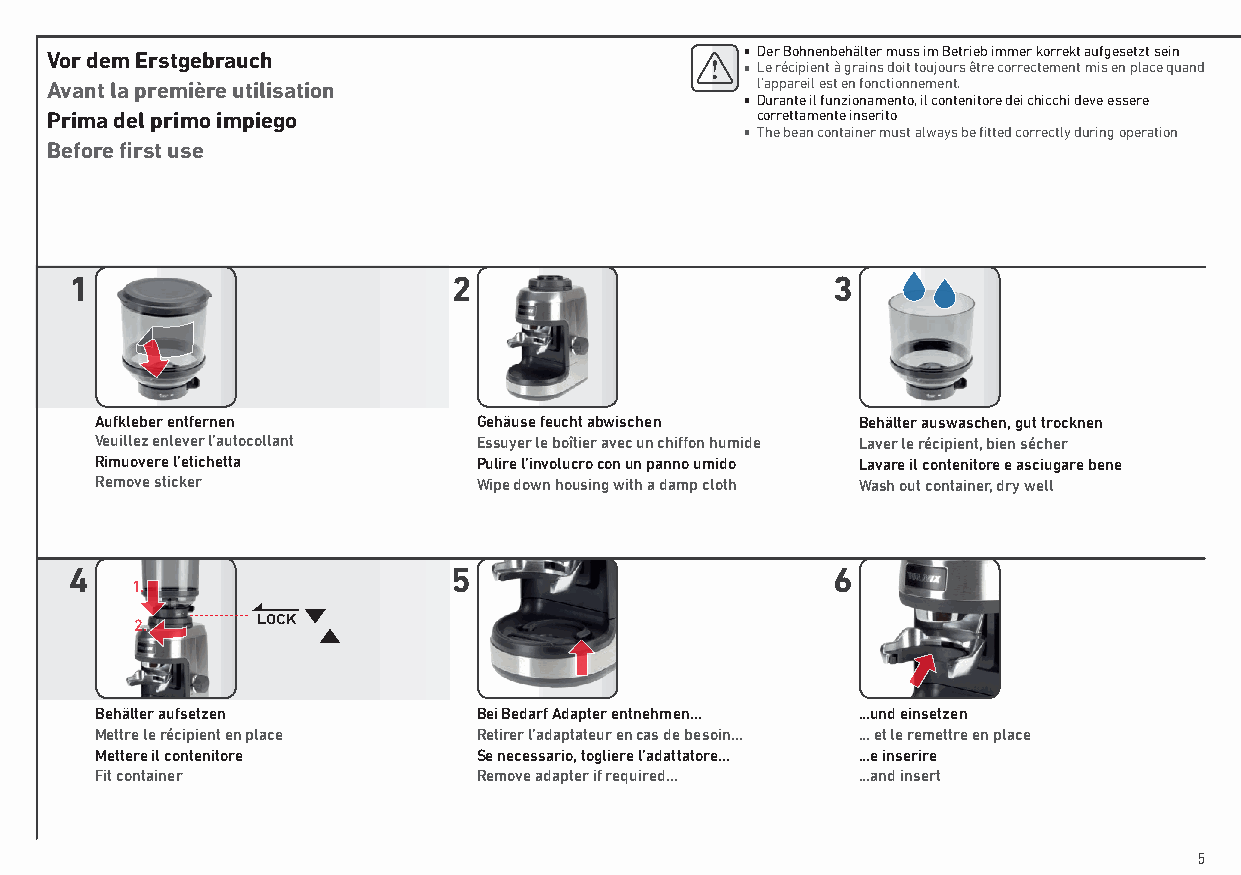
Vor dem Erstgebrauch                          ■ Der Bohnenbehälter muss im Betrieb immer korrekt aufgesetzt sein
 ■ Le récipient à grains doit toujours être correctement mis en place quand
 Avant la première utilisation                  l’appareil est en fonctionnement�
 ■ Durante il funzionamento, il contenitore dei chicchi deve essere
 Prima del primo impiego                        correttamente inserito
 ■ The bean container must always be fitted correctly during operation
 Before first use
 1                        2                        3
 Aufkleber entfernen       Gehäuse feucht abwischen Behälter auswaschen, gut trocknen
 Veuillez enlever l’autocollant Essuyer le boîtier avec un chiffon humide Laver le récipient, bien sécher
 Rimuovere l’etichetta     Pulire l’involucro con un panno umido Lavare il contenitore e asciugare bene
 Remove sticker            Wipe down housing with a damp cloth Wash out container, dry well
 4                        5                        6
 1.
 2.      LOCK
 Behälter aufsetzen        Bei Bedarf Adapter entnehmen... ...und einsetzen
 Mettre le récipient en place Retirer l’adaptateur en cas de besoin... ... et le remettre en place
 Mettere il contenitore    Se necessario, togliere l’adattatore… ...e inserire
 Fit container             Remove adapter if required… ...and insert
 5